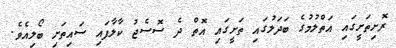
ރޮށިތަށީގައި އަތްލުމުގެ ބަދަލުގައި ތަށީގައި އޮތް ދެ ސޮސެޖު ކާލާފައި ސައިތަށި ބޯލިއެވެ.